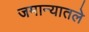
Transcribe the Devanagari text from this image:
जमान्यातले